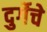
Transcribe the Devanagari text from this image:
दुर्गेचे